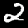
Digit: 2